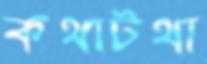
কথাটথা